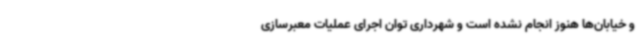
و خیابان‌ها هنوز انجام نشده است و شهرداری توان اجرای عملیات معبرسازی